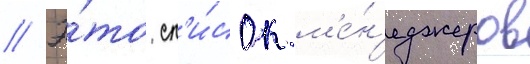
// Э́то сп'и́сок м'е́н'еджеров